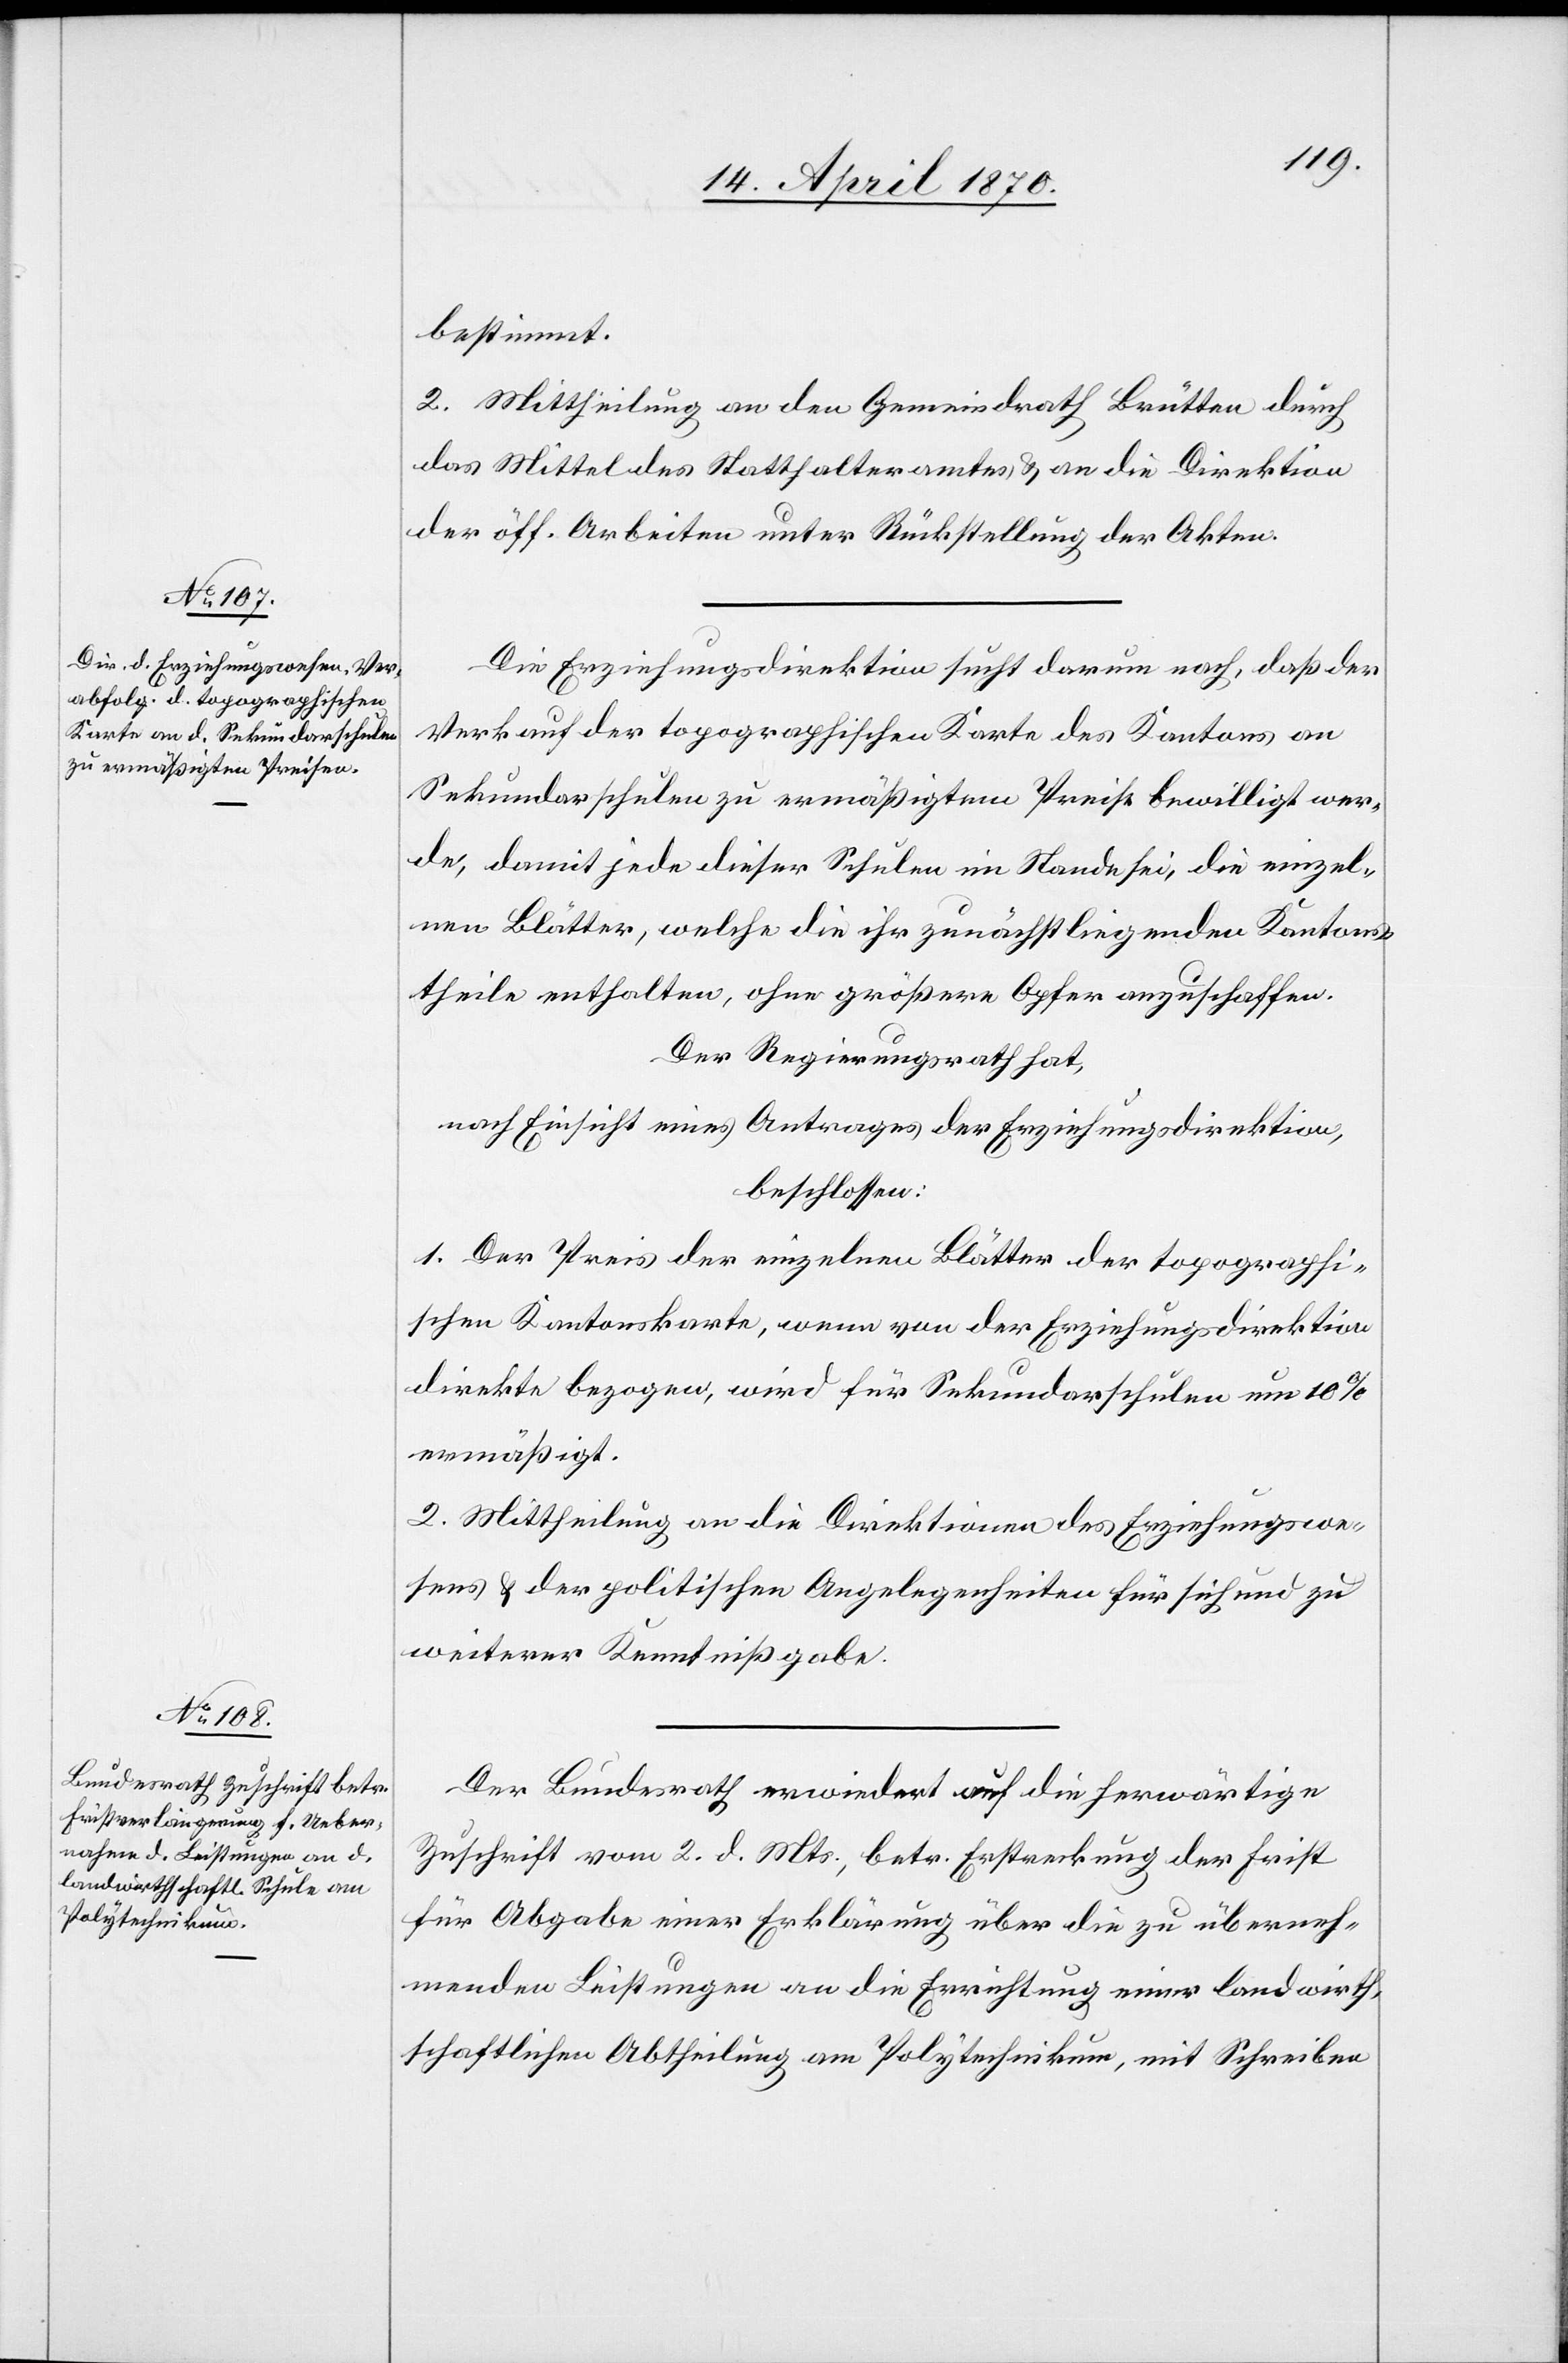
bestimmt.
2. Mittheilung an den Gemeindrath Brütten durch
das Mittel des Statthalteramtes & an die Direktion
der öff. Arbeiten unter Rückstellung der Akten.
Die Erziehungsdirektion sucht darum nach, daß der
Verkauf der topographischen Karte des Kantons an
Sekundarschulen zu ermäßigtem Preise bewilligt wer¬
de, damit jede dieser Schulen im Stande sei, die einzel¬
nen Blätter, welche die ihr zunächst liegenden Kantons¬
theile enthalten, ohne größere Opfer anzuschaffen.
Der Regierungsrat hat,
nach Einsicht eines Antrages der Erziehungsdirektion,
beschlossen:
1. Der Preis der einzelnen Blätter der topographi¬
schen Kantonskarte, wenn von der Erziehungsdirektion
direkte bezogen, wird für Sekundarschulen um 10%
ermäßigt.
2. Mittheilung an die Direktionen des Erziehungswe¬
sens & der politischen Angelegenheiten für sich und zu
weiterer Kenntnißgabe.
Der Bundesrath erwiedert auf die herwärtige
Zuschrift vom 2. d. Mts., betr. Erstreckung der Frist
für Abgabe einer Erklärung über die zu überneh¬
menden Leistungen an die Errichtung einer landwirth¬
schaftlichen Abtheilung am Polytechnikum, mit Schreiben